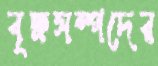
বৃক্ষসম্পদের